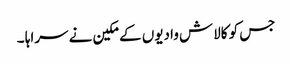
جس کو کالاش وادیوں کے مکین نے سراہا ۔